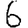
Digit: 6